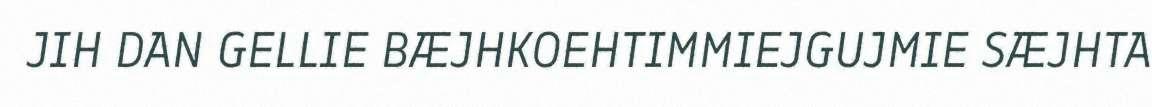
JIH DAN GELLIE BÆJHKOEHTIMMIEJGUJMIE SÆJHTA